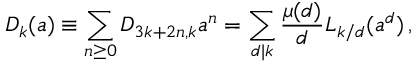
D _ { k } ( a ) \equiv \sum _ { n \ge 0 } D _ { 3 k + 2 n , k } a ^ { n } = \sum _ { d | k } \frac { \mu ( d ) } { d } L _ { k / d } ( a ^ { d } ) \, ,